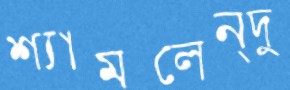
শ্যামলেন্দু